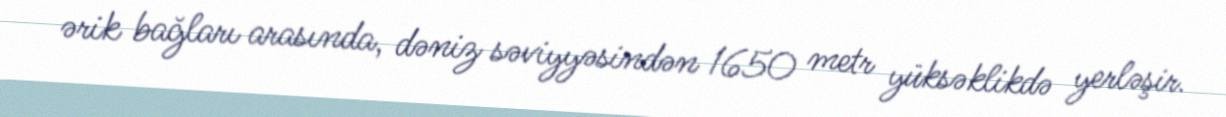
ərik bağları arasında, dəniz səviyyəsindən 1650 metr yüksəklikdə yerləşir.